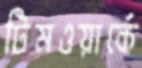
টিমওয়ার্কে